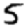
Digit: 5